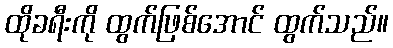
ထိုခရီးကို ထွက်ဖြစ်အောင် ထွက်သည်။